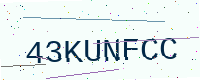
Text: 43KUNFCC